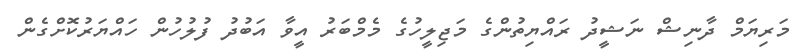
މަރިޔަމް ދާނިޝް ނަޝީދު ރައްޔިތުންގެ މަޖިލީހުގެ މެމްބަރު އީވާ އަބުދު ފުލުހުން ހައްޔަރުކޮށްގެން